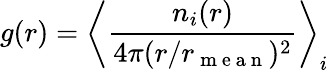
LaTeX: g(r)=\left\langle\frac{n_{i}(r)}{4\pi(r/r_{\mathrm{~m~e~a~n~}})^{2}}\right\rangle_{i}